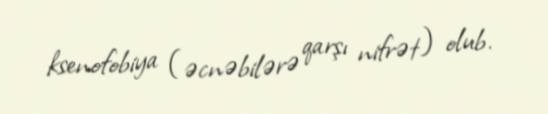
ksenofobiya (əcnəbilərə qarşı nifrət) olub.